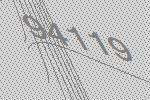
94119